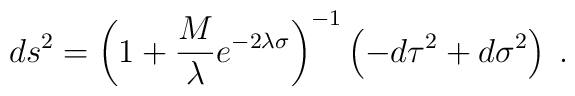
ds^2={\left(1+{M\over\lambda}e^{-2\lambda\sigma}\right)}^{-1}\left(-d\tau^2+d\sigma^2\right)\;.